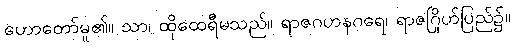
ဟောတော်မူ၏။ သာ၊ ထိုထေရီမသည်။ ရာဇဂဟနဂရေ၊ ရာဇဂြိုဟ်ပြည်၌။